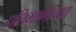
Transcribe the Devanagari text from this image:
प्रतिमाणांच्या